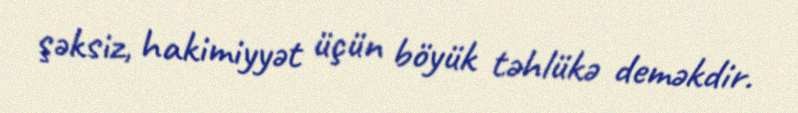
şəksiz, hakimiyyət üçün böyük təhlükə deməkdir.